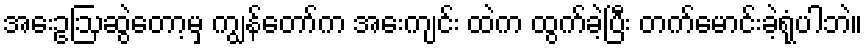
အေးဥဩဆွဲတော့မှ ကျွန်တော်က အေးကျင်း ထဲက ထွက်ခဲ့ပြီး တက်မောင်းခဲ့ရုံပါဘဲ။